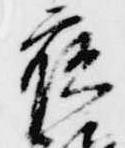
夜